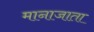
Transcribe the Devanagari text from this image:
मानाजाता